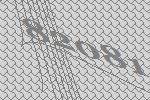
82081